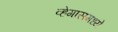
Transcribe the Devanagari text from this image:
व्हेगासमध्ये